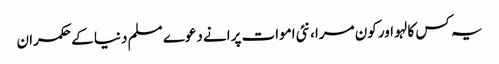
یہ کس کا لہو اور کون مرا، نئی اموات پرانے دعوے‎	 مسلم دنیا کے حکمران